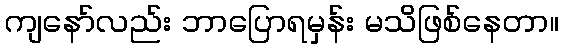
ကျနော်လည်း ဘာပြောရမှန်း မသိဖြစ်နေတာ။